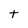
Character: t